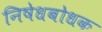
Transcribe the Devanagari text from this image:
निषेधबोधक